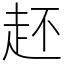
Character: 䞜